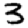
Digit: 3